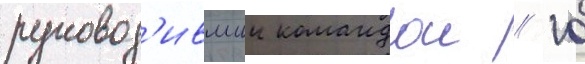
руковод'ившии командои // 10